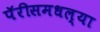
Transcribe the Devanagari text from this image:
पॅरीसमधल्या